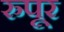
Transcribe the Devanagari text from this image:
रुपूर